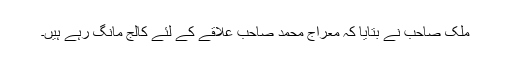
ملک صاحب نے بتایا کہ معراج محمد صاحب علاقے کے لئے کالج مانگ رہے ہیں۔